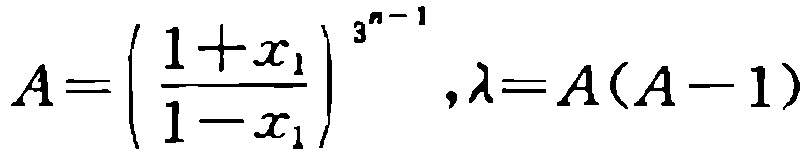
\(A=\left(\frac{1 + x_{1}}{1 - x_{1}}\right)^{3^{n - 1}},\lambda=A(A - 1)\)